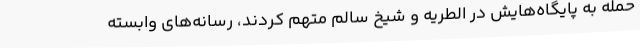
حمله به پایگاه‌هایش در الطریه و شیخ سالم متهم کردند، رسانه‌های وابسته